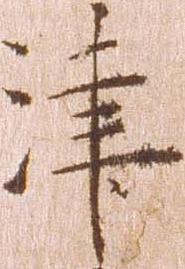
津